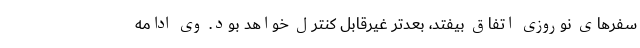
سفرهای نوروزی اتفاق بیفتد، بعدتر غیرقابل کنترل خواهد بود. وی ادامه